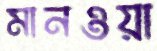
মানওয়া